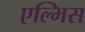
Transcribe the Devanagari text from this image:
एल्भिस